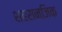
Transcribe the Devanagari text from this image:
शहरानजिक